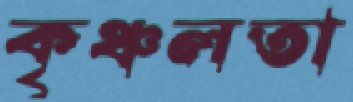
কৃঞ্চলতা